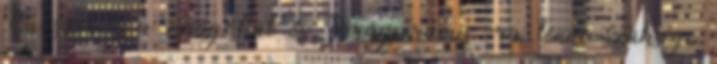
Ön szereti a virágokat és Virágpiramis -ra lenne szüksége